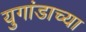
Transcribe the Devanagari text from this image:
युगांडाच्या